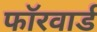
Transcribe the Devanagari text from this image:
फॉरवार्ड